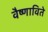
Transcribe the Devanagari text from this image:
वैष्णाविते